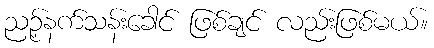
ညဉ့်နက်သန်းခေါင် ဖြစ်ချင် လည်းဖြစ်မယ်။